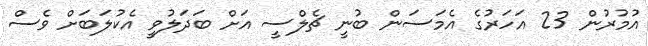
އުމުރުން 23 އަހަރުގެ އެމަސަން ބުނީ ޗެލްސީ އަށް ބަދަލުވީ އެކުލަބަށް ވެސް